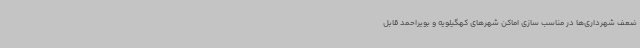
ضعف شهرداری‌ها در مناسب سازی اماکن شهرهای کهگیلویه و بویراحمد قابل